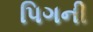
પિગની